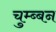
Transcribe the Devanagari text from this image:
चुम्ब्बन